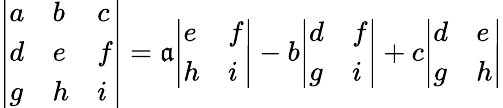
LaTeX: {\left|\begin{array}{lll}{a}&{b}&{c}\\ {d}&{e}&{f}\\ {g}&{h}&{i}\end{array}\right|}=\mathfrak{a}{\left|\begin{array}{ll}{e}&{f}\\ {h}&{i}\end{array}\right|}-b{\left|\begin{array}{ll}{d}&{f}\\ {g}&{i}\end{array}\right|}+c{\left|\begin{array}{ll}{d}&{e}\\ {g}&{h}\end{array}\right|}